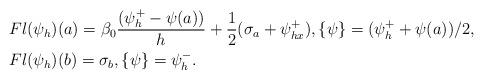
LaTeX: \begin{align*}& Fl(\psi_h)(a) =\beta_0\frac{(\psi_{h}^+ - \psi(a))}{h}+\frac{1}{2}(\sigma_a +\psi_{hx}^+), \{\psi\}=(\psi_h^++\psi(a))/2,\\&Fl(\psi_h)(b) =\sigma_b, \{\psi\}=\psi_h^-.\end{align*}